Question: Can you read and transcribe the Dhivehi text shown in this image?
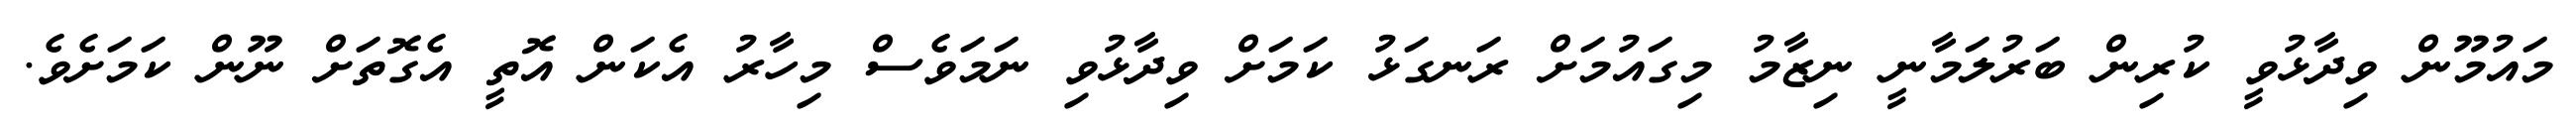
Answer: މައުމޫން ވިދާޅުވީ ކުރިން ބަރުލަމާނީ ނިޒާމު މިގައުމަށް ރަނގަޅު ކަމަށް ވިދާޅުވި ނަމަވެސް މިހާރު އެކަން އޮތީ އެގޮތަށް ނޫން ކަމަށެވެ.